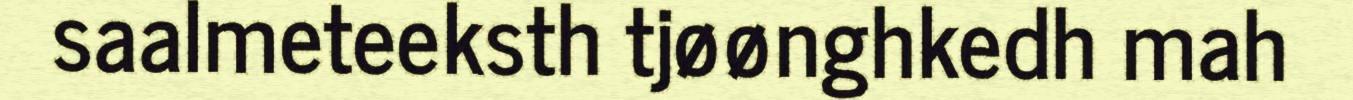
saalmeteeksth tjøønghkedh mah